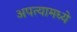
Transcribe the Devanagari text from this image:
अपत्यामध्ये